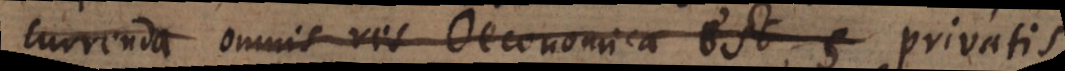
currenda omnis res Oeconomica est; s privatis